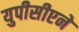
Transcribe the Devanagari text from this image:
युपीसीएने